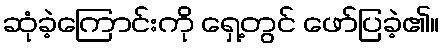
ဆုံခဲ့ကြောင်းကို ရှေ့တွင် ဖော်ပြခဲ့၏။